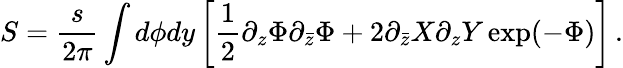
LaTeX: S=\frac{s}{2\pi}\int d\phi dy\left[\frac 12\partial_{z}\Phi\partial_{\bar{z}}\Phi+2\partial_{\bar{z}}X\partial_{z}Y\exp(-\Phi)\right]\, .